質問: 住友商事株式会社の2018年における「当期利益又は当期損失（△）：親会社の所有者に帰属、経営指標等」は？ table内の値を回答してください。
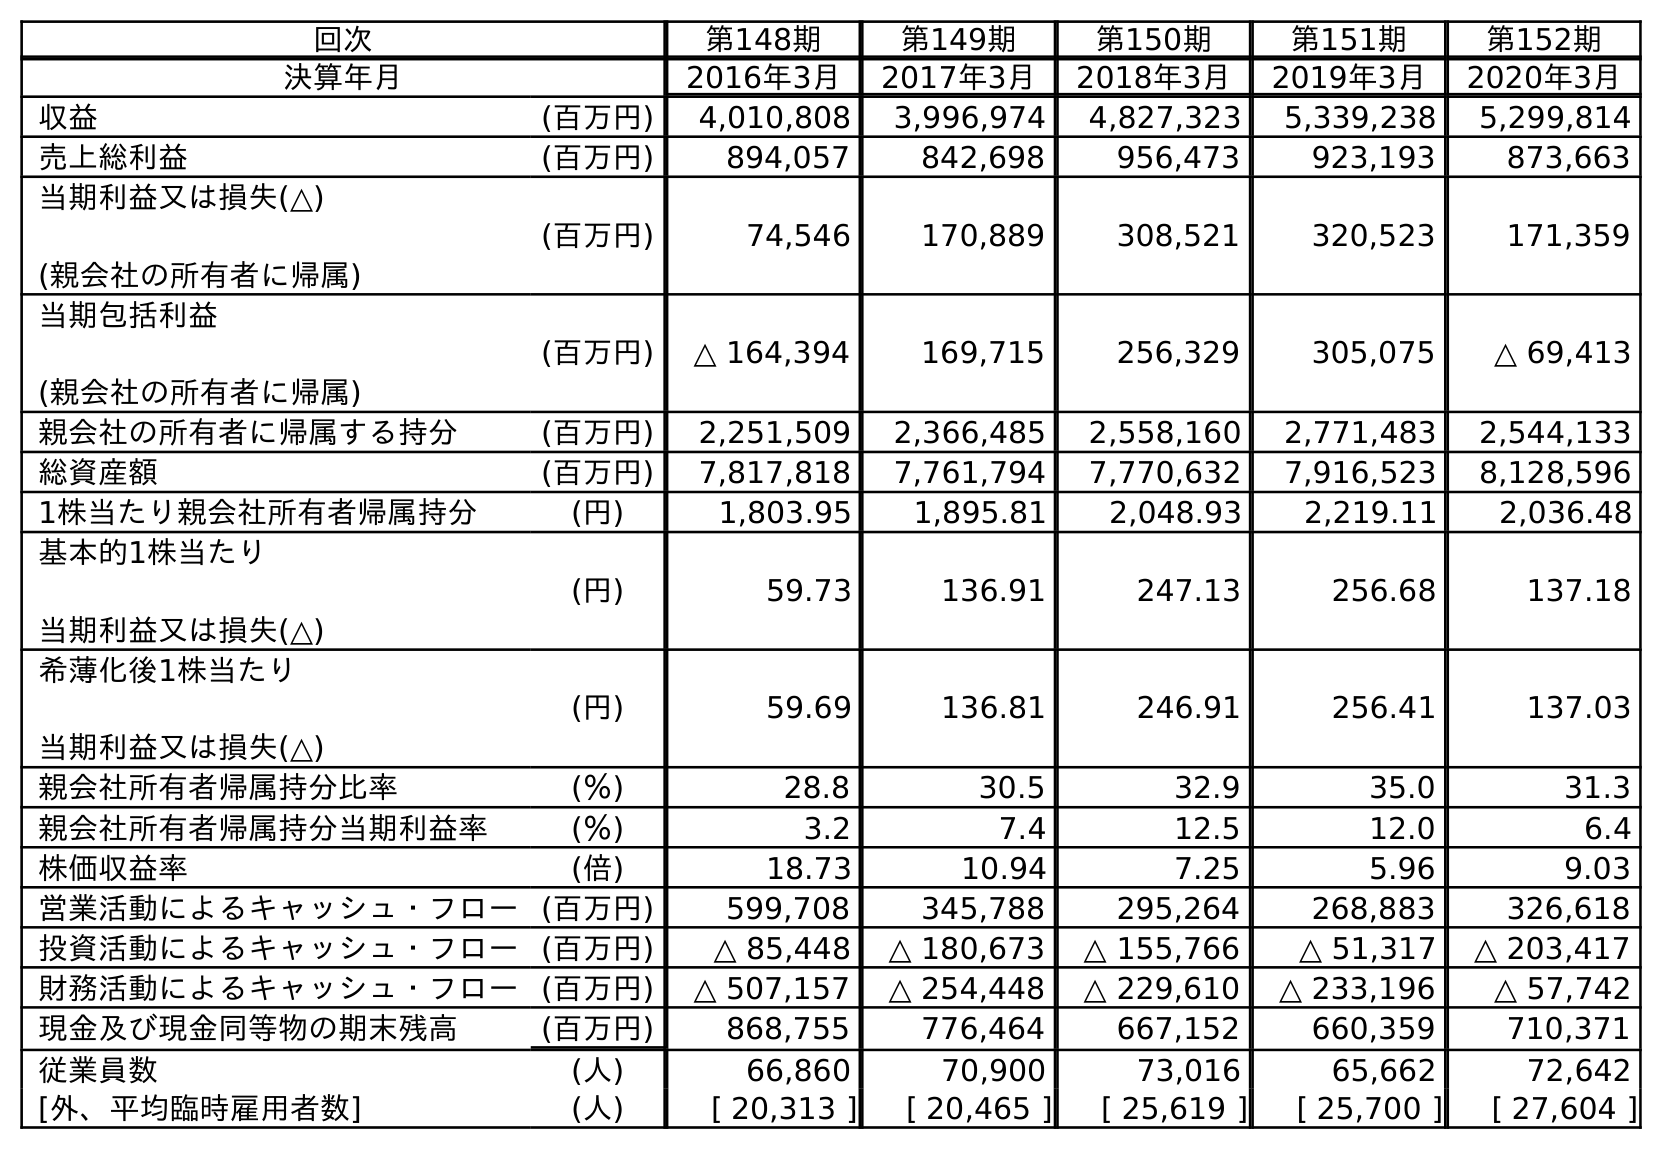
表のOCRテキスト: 回次 第148期 第149期 第150期 第151期 第152期 決算年月 2016年3月 2017年3月 2018年3月 2019年3月 2020年3月 収益 (百万円) 4,010,808 3,996,974 4,827,323 5,339,238 5,299,814 売上総利益 (百万円) 894,057 842,698 956,473 923,193 873,663 当期利益又は損失(△) (親会社の所有者に帰属) (百万円) 74,546 170,889 308,521 320,523 171,359 当期包括利益 (親会社の所有者に帰属) (百万円) △ 164,394 169,715 256,329 305,075 △ 69,413 親会社の所有者に帰属する持分 (百万円) 2,251,509 2,366,485 2,558,160 2,771,483 2,544,133 総資産額 (百万円) 7,817,818 7,761,794 7,770,632 7,916,523 8,128,596 1株当たり親会社所有者帰属持分 (円) 1,803.95 1,895.81 2,048.93 2,219.11 2,036.48 基本的1株当たり 当期利益又は損失(△) (円) 59.73 136.91 247.13 256.68 137.18 希薄化後1株当たり 当期利益又は損失(△) (円) 59.69 136.81 246.91 256.41 137.03 親会社所有者帰属持分比率 (％) 28.8 30.5 32.9 35.0 31.3 親会社所有者帰属持分当期利益率 (％) 3.2 7.4 12.5 12.0 6.4 株価収益率 (倍) 18.73 10.94 7.25 5.96 9.03 営業活動によるキャッシュ・フロー(百万円) 599,708 345,788 295,264 268,883 326,618 投資活動によるキャッシュ・フロー(百万円) △ 85,448 △ 180,673 △ 155,766 △ 51,317 △ 203,417 財務活動によるキャッシュ・フロー(百万円) △ 507,157 △ 254,448 △ 229,610 △ 233,196 △ 57,742 現金及び現金同等物の期末残高 (百万円) 868,755 776,464 667,152 660,359 710,371 従業員数 (人) 66,860 70,900 73,016 65,662 72,642 [外、平均臨時雇用者数] (人) [ 20,313 ] [ 20,465 ] [ 25,619 ] [ 25,700 ] [ 27,604 ]
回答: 308,521